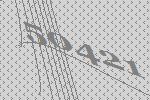
50421